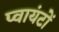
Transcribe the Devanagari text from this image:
प्वायंटों